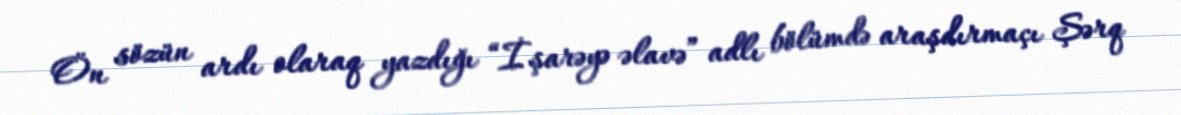
Ön sözün ardı olaraq yazdığı “İşarəyə əlavə” adlı bölümdə araşdırmaçı Şərq